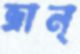
ভ্রান্